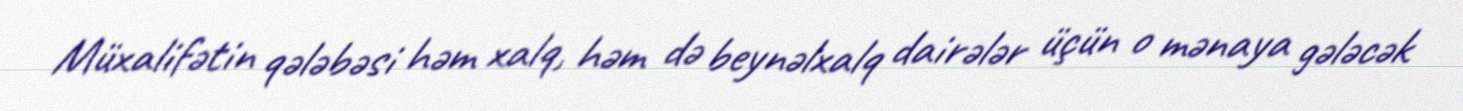
Müxalifətin qələbəsi həm xalq, həm də beynəlxalq dairələr üçün o mənaya gələcək